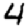
Digit: 4